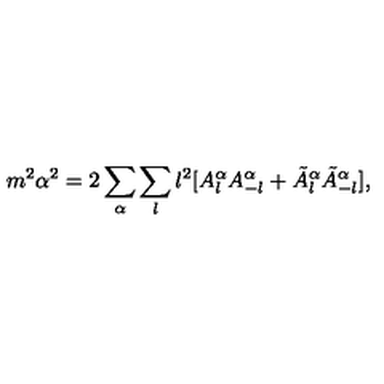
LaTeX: m ^ { 2 } \alpha ^ { 2 } = 2 \sum _ { \alpha } \sum _ { l } l ^ { 2 } [ A _ { l } ^ { \alpha } A _ { - l } ^ { \alpha } + \tilde { A } _ { l } ^ { \alpha } \tilde { A } _ { - l } ^ { \alpha } ] ,